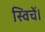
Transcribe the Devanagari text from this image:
स्विचें।